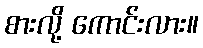
စားလို့ ကောင်းလား။